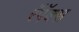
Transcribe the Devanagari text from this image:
रॅपॅक्स